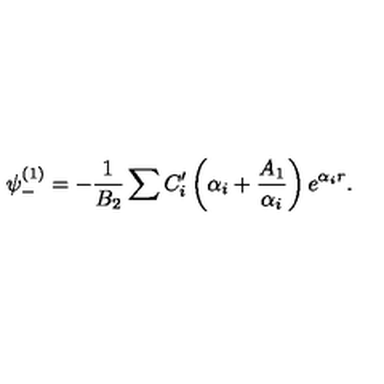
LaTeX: \psi _ { - } ^ { ( 1 ) } = - \frac 1 { B _ { 2 } } \sum C _ { i } ^ { \prime } \left( \alpha _ { i } + \frac { A _ { 1 } } { \alpha _ { i } } \right) e ^ { \alpha _ { i } r } .